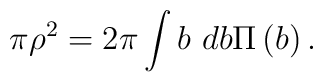
\pi \rho ^2 = 2\pi \int b~ db\Pi \left( b \right) .